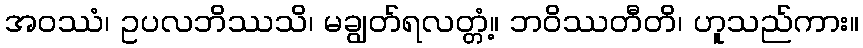
အဝဿံ၊ ဥပလဘိဿသိ၊ မချွတ်ရလတ္တံ့။ ဘဝိဿတီတိ၊ ဟူသည်ကား။